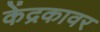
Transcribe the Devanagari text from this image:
केंद्रकावर